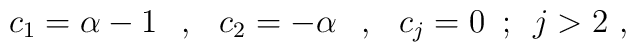
c_{1}=\alpha -1\hspace{0.3cm},\hspace{0.3cm}c_{2}=-\alpha\hspace{0.3cm},\hspace{0.3cm}c_j=0\,\,\,;\,\,\,j>2\,\,,